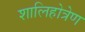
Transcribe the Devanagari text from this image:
शालिहोत्रेण